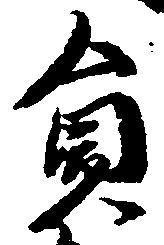
員